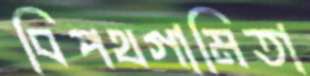
বিপথগামিতা